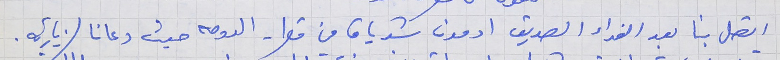
اتصل بنا بعد الغداء الصديق ادمون شدياق من قطر - الدوحه حيث دعانا لزيارته.